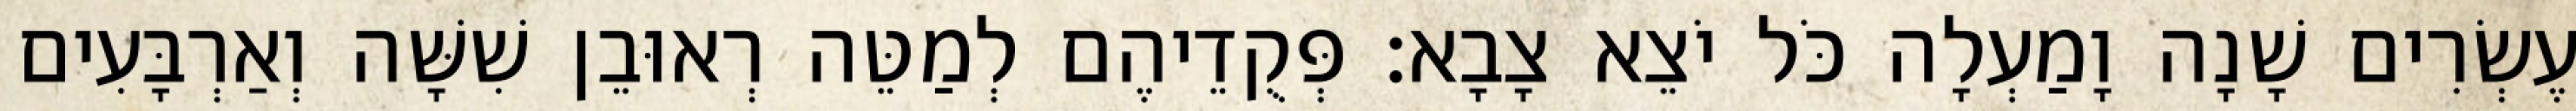
עֶשְׂרִים שָׁנָה וָמַעְלָה כֹּל יֹצֵא צָבָא׃ פְּקֻדֵיהֶם לְמַטֵּה רְאוּבֵן שִׁשָּׁה וְאַרְבָּעִים